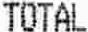
TOTAL